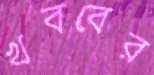
খববের